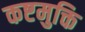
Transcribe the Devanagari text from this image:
कष्टमुक्ति